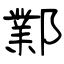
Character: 鄴